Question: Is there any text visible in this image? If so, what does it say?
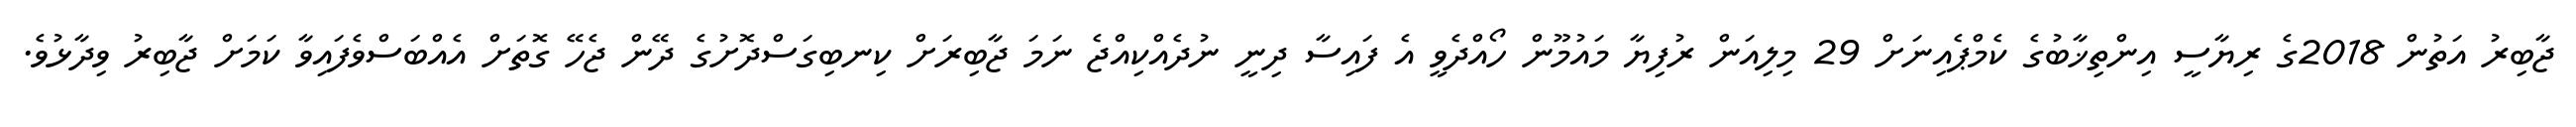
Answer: ޖާބިރު އަތުން 2018ގެ ރިޔާސީ އިންތިޚާބުގެ ކެމްޕެއިނަށް 29 މިލިއަން ރުފިޔާ މައުމޫން ހޯއްދެވީ އެ ފައިސާ ދިނީ ނުދެއްކިއްޖެ ނަމަ ޖާބިރަށް ކިނބިގަސްދޮށުގެ ދޭން ޖެހޭ ގޮތަށް އެއްބަސްވެފައިވާ ކަމަށް ޖާބިރު ވިދާޅުވެ.